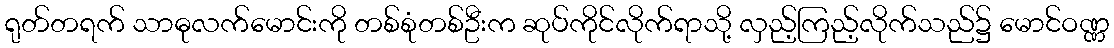
ရုတ်တရက် သာဓုလက်မောင်းကို တစ်စုံတစ်ဦးက ဆုပ်ကိုင်လိုက်ရာသို့ လှည့်ကြည့်လိုက်သည်၌ မောင်ဝဏ္ဏ